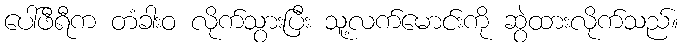
ပေါ်ဖီရီက တံခါးဝ လိုက်သွားပြီး သူ့လက်မောင်းကို ဆွဲထားလိုက်သည်။